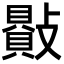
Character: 𣀕